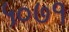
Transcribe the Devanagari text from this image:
५०७१